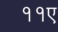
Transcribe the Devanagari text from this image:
११ए